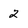
Character: 2